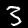
Label: 3